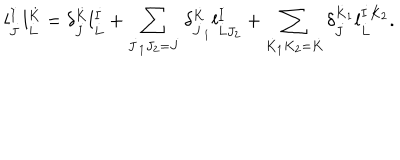
l _ { \dot { J } } ^ { \dot { I } } l _ { \dot { L } } ^ { \dot { K } } = \delta _ { \dot { J } } ^ { \dot { K } } l _ { \dot { L } } ^ { \dot { I } } + \sum _ { \dot { J } _ { 1 } J _ { 2 } = \dot { J } } \delta _ { \dot { J } _ { 1 } } ^ { \dot { K } } l _ { \dot { L } J _ { 2 } } ^ { \dot { I } } + \sum _ { \dot { K } _ { 1 } K _ { 2 } = \dot { K } } \delta _ { \dot { J } } ^ { \dot { K } _ { 1 } } l _ { \dot { L } } ^ { \dot { I } K _ { 2 } } .